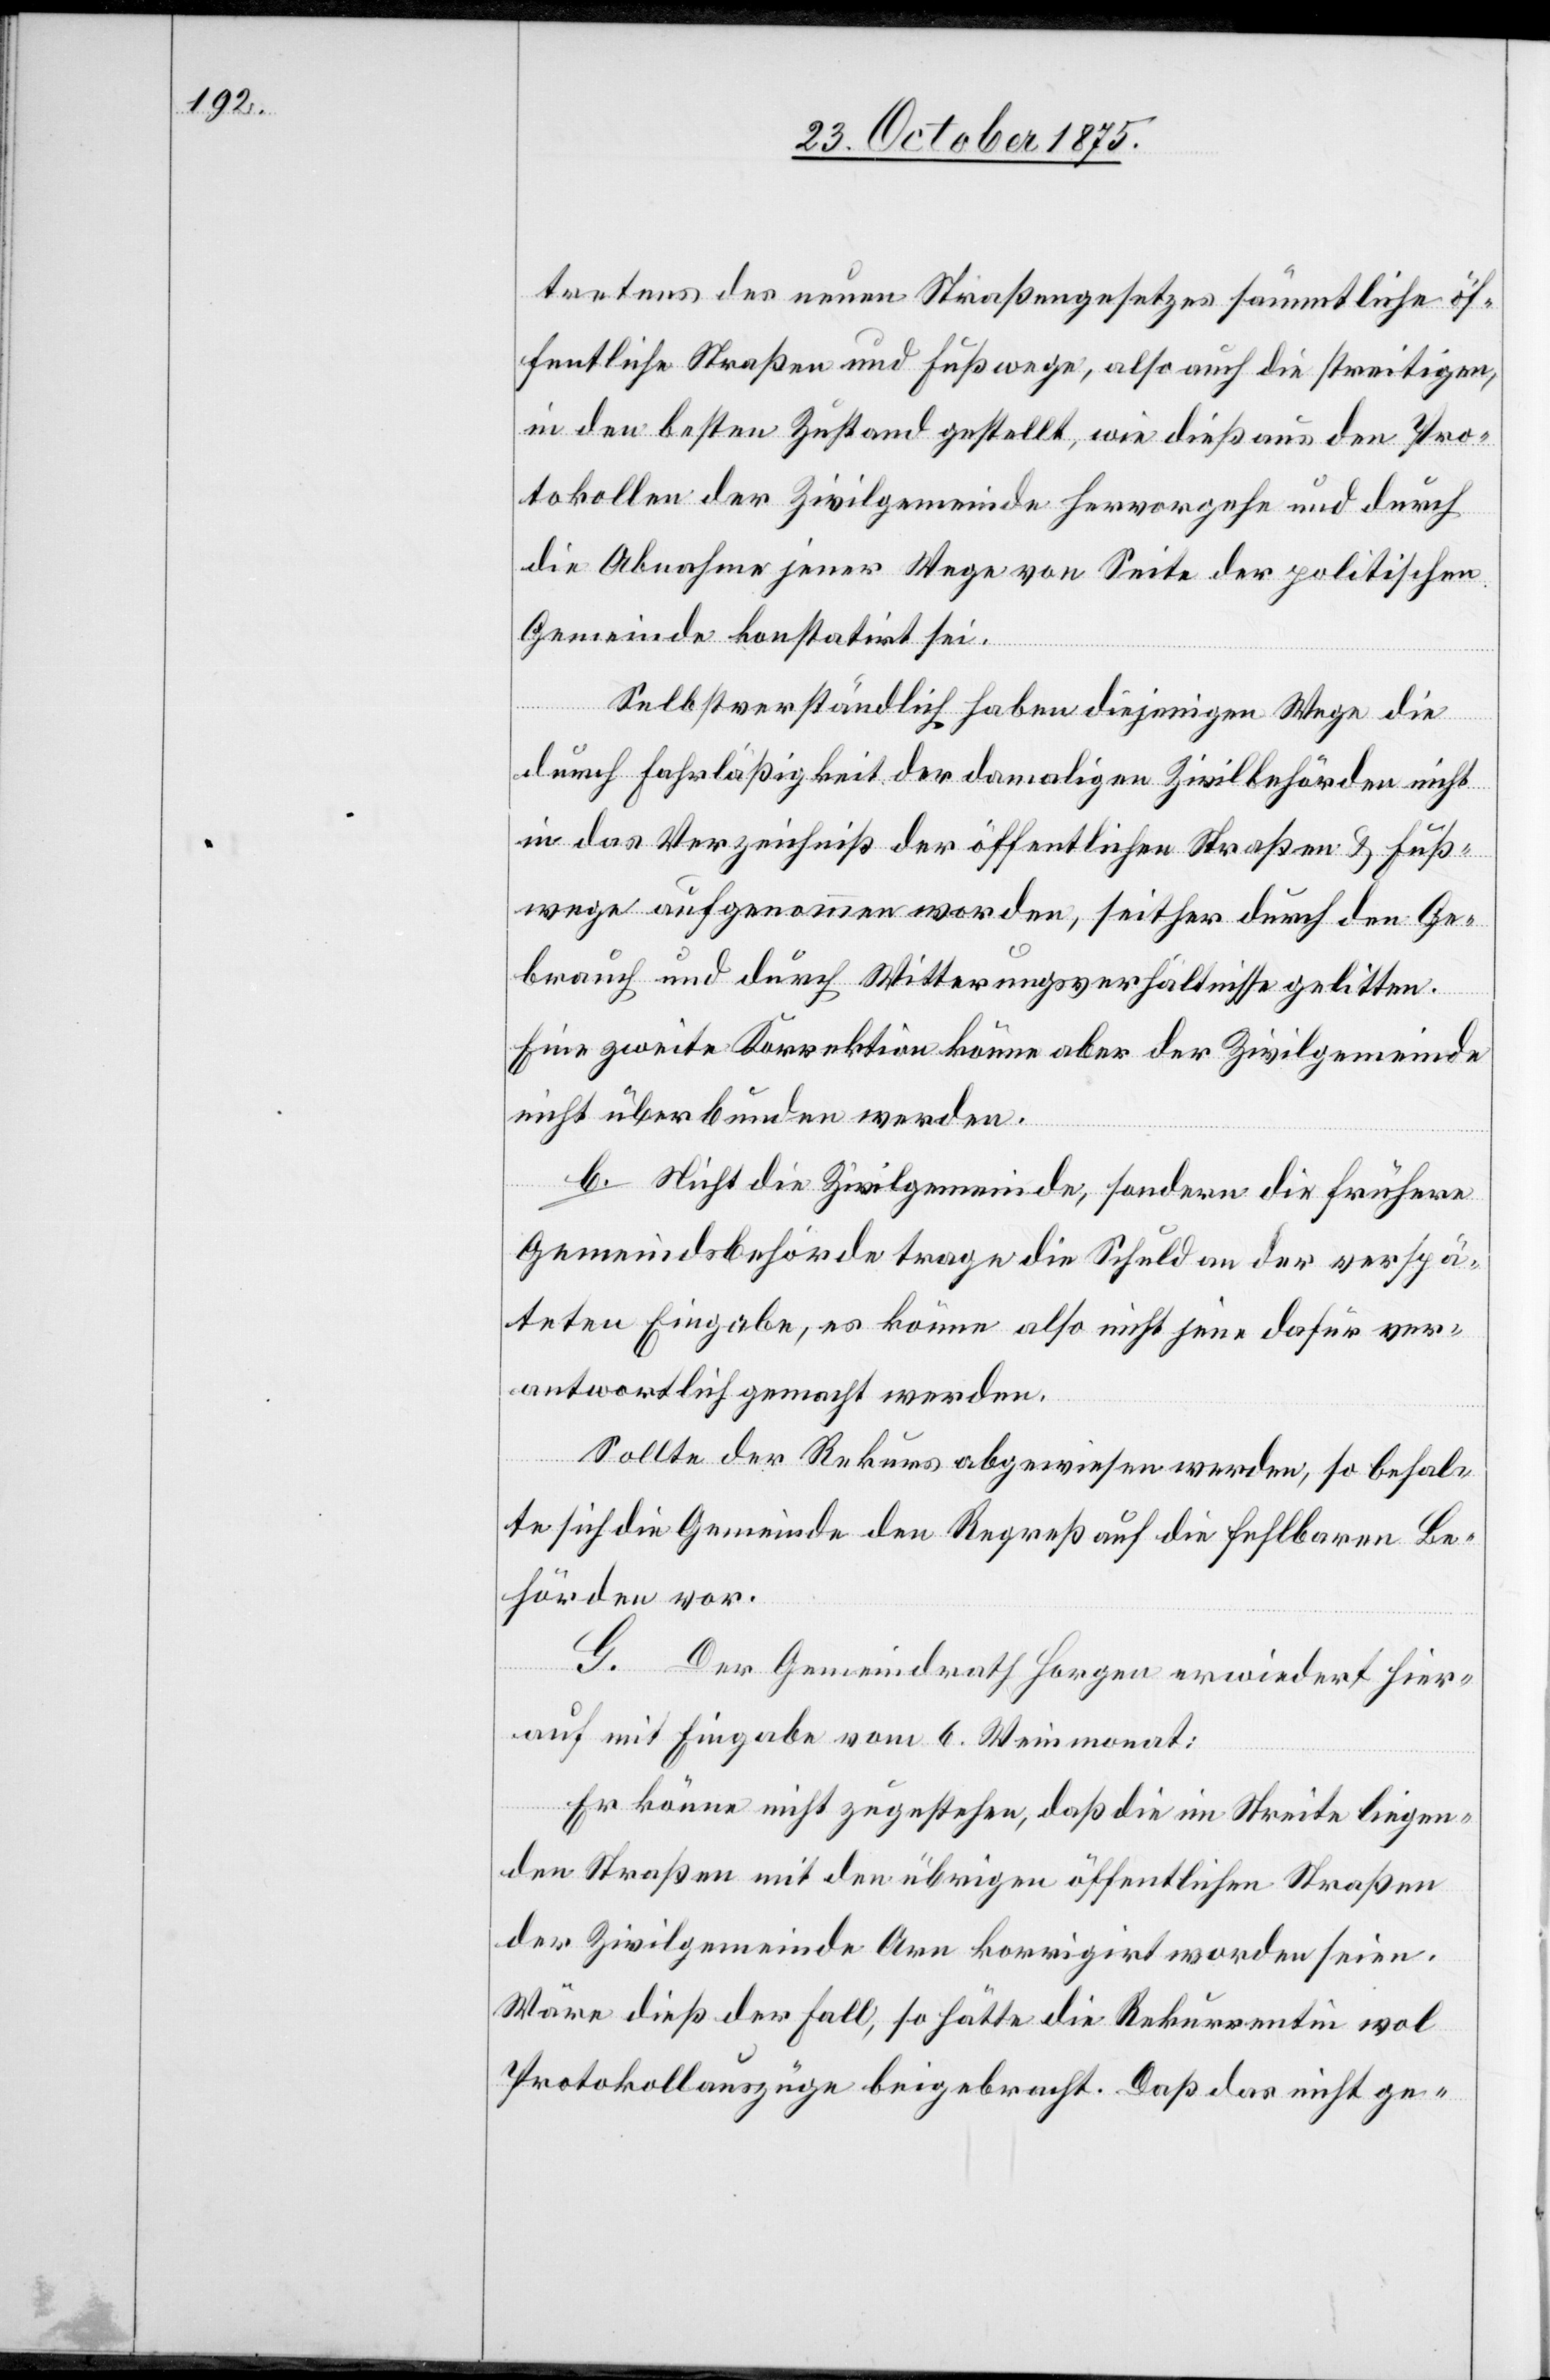
tretens des neuen Straßengesetzes sämmtliche öf¬
fentliche Straßen und Fußwege, also auch die streitigen,
in den besten Zustand gestellt, wie dieß aus den Pro¬
tokollen der Zivilgemeinde hervorgehe und durch
die Abnahme jener Wege von Seite der politischen
Gemeinde konstatirt sei.
Selbstverständlich haben diejenigen Wege die
durch Fahrläßigkeit der damaligen Zivilbehörden nicht
in das Verzeichniß der öffentlichen Straßen & Fuß¬
wege aufgenommen worden, seither durch den Ge¬
brauch und durch Witterungsverhältnisse gelitten.
Eine zweite Korrektion könne aber der Zivilgemeinde
nicht überbunden werden.
b. Nicht die Zivilgemeinde, sondern die frühere
Gemeindsbehörde trage die Schuld an der verspä¬
teten Eingabe, es könne also nicht jene dafür ver¬
antwortlich gemacht werden.
Sollte der Rekurs abgewiesen werden, so behal¬
te sich die Gemeinde den Regreß auf die fehlbaren Be¬
hörden vor.
G. Der Gemeindrath Horgen erwiedert hier¬
auf mit Eingabe vom 6. Weinmonat:
Er könne nicht zugestehen, daß die im Streite liegen¬
den Straßen mit den übrigen öffentlichen Straßen
der Zivilgemeinde Arn korrigirt worden seien.
Wäre dieß der Fall, so hätte die Rekurrentin wol
Protokollauszüge beigebracht. Daß das nicht ge-